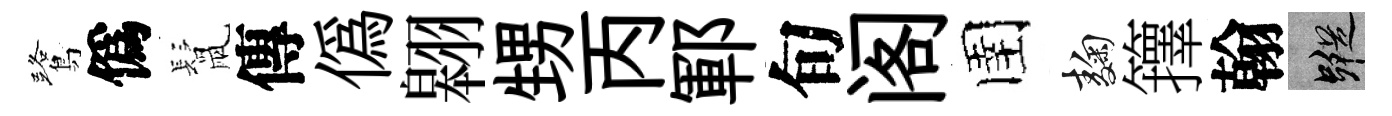
鷺僞鬛傳偽翱甥丙鄆旬阁圉麹籜翰蹤